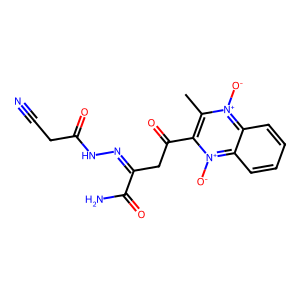
SMILES: Cc1c(C(=O)CC(=NNC(=O)CC#N)C(N)=O)[n+]([O-])c2ccccc2[n+]1[O-]
Inhibits HIV replication: No